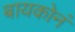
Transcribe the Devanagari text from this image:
बायकोनं